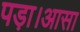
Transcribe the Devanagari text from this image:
पड़ा।आसा